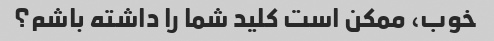
خوب، ممکن است کلید شما را داشته باشم؟